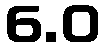
6.0